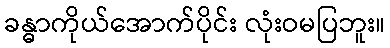
ခန္ဓာကိုယ်အောက်ပိုင်း လုံးဝမပြဘူး။